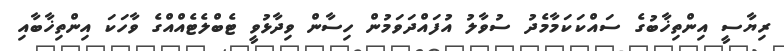
ރިޔާސީ އިންތިޚާބުގެ ސައްކަކަމާމެދު ސުވާލު އުފައްދަވަމުން ހިސާން ވިދާޅުވީ ޓެބްލެޓެއްއްގެ ވާހަކަ އިންތިޚާބާއި